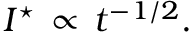
I ^ { \star } \, \propto \, t ^ { - 1 / 2 } .